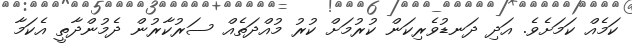
ކަމެއް ކަމަށެވެ. އަދި ދަނޑުވެރިކަން ކުރުމަށް ކުރު މުއްދަތެއް ސަރުކާރުން ދެމުންދާތީ އެކަމާ